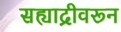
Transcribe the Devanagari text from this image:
सह्याद्रीवरून